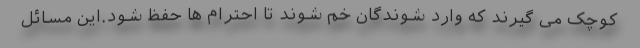
کوچک می گیرند که وارد شوندگان خم شوند تا احترام ها حفظ شود.این مسائل